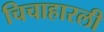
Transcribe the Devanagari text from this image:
चिचाहारली